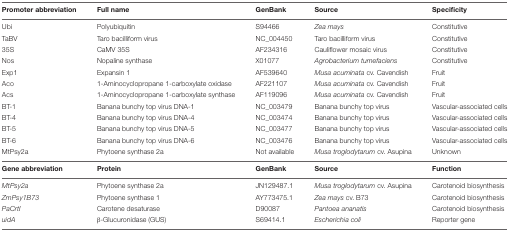
<table><thead><tr><td><b>Promoter abbreviation</b></td><td><b>Full name</b></td><td><b>GenBank</b></td><td><b>Source</b></td><td><b>Specificity</b></td></tr></thead><tbody><tr><td>Ubi</td><td>Polyubiquitin</td><td>S94466</td><td><i>Zea mays</i></td><td>Constitutive</td></tr><tr><td>TaBV</td><td>Taro bacilliform virus</td><td>NC_004450</td><td>Taro bacilliform virus</td><td>Constitutive</td></tr><tr><td>35S</td><td>CaMV 35S</td><td>AF234316</td><td>Cauliflower mosaic virus</td><td>Constitutive</td></tr><tr><td>Nos</td><td>Nopaline synthase</td><td>X01077</td><td><i>Agrobacterium tumefaciens</i></td><td>Constitutive</td></tr><tr><td>Exp1</td><td>Expansin 1</td><td>AF539640</td><td><i>Musa acuminata</i> cv. Cavendish</td><td>Fruit</td></tr><tr><td>Aco</td><td>1-Aminocyclopropane 1-carboxylate oxidase</td><td>AF221107</td><td><i>Musa acuminata</i> cv. Cavendish</td><td>Fruit</td></tr><tr><td>Acs</td><td>1-Aminocyclopropane 1-carboxylate synthase</td><td>AF119096</td><td><i>Musa acuminata</i> cv. Cavendish</td><td>Fruit</td></tr><tr><td>BT-1</td><td>Banana bunchy top virus DNA-1</td><td>NC_003479</td><td>Banana bunchy top virus</td><td>Vascular-associated cells</td></tr><tr><td>BT-4</td><td>Banana bunchy top virus DNA-4</td><td>NC_003474</td><td>Banana bunchy top virus</td><td>Vascular-associated cells</td></tr><tr><td>BT-5</td><td>Banana bunchy top virus DNA-5</td><td>NC_003477</td><td>Banana bunchy top virus</td><td>Vascular-associated cells</td></tr><tr><td>BT-6</td><td>Banana bunchy top virus DNA-6</td><td>NC_003476</td><td>Banana bunchy top virus</td><td>Vascular-associated cells</td></tr><tr><td>MtPsy2a</td><td>Phytoene synthase 2a</td><td>Not available</td><td><i>Musa troglodytarum</i> cv. Asupina</td><td>Unknown</td></tr><tr><td><b>Gene abbreviation</b></td><td><b>Protein</b></td><td><b>GenBank</b></td><td><b>Source</b></td><td><b>Function</b></td></tr><tr><td><i>MtPsy2a</i></td><td>Phytoene synthase 2a</td><td>JN129487.1</td><td><i>Musa troglodytarum</i> cv. Asupina</td><td>Carotenoid biosynthesis</td></tr><tr><td><i>ZmPsy1B73</i></td><td>Phytoene synthase 1</td><td>AY773475.1</td><td><i>Zea mays</i> cv. B73</td><td>Carotenoid biosynthesis</td></tr><tr><td><i>PaCrtI</i></td><td>Carotene desaturase</td><td>D90087</td><td><i>Pantoea ananatis</i></td><td>Carotenoid biosynthesis</td></tr><tr><td><i>uidA</i></td><td>β-Glucuronidase (GUS)</td><td>S69414.1</td><td><i>Escherichia coli</i></td><td>Reporter gene</td></tr></tbody></table>